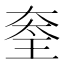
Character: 𡙃